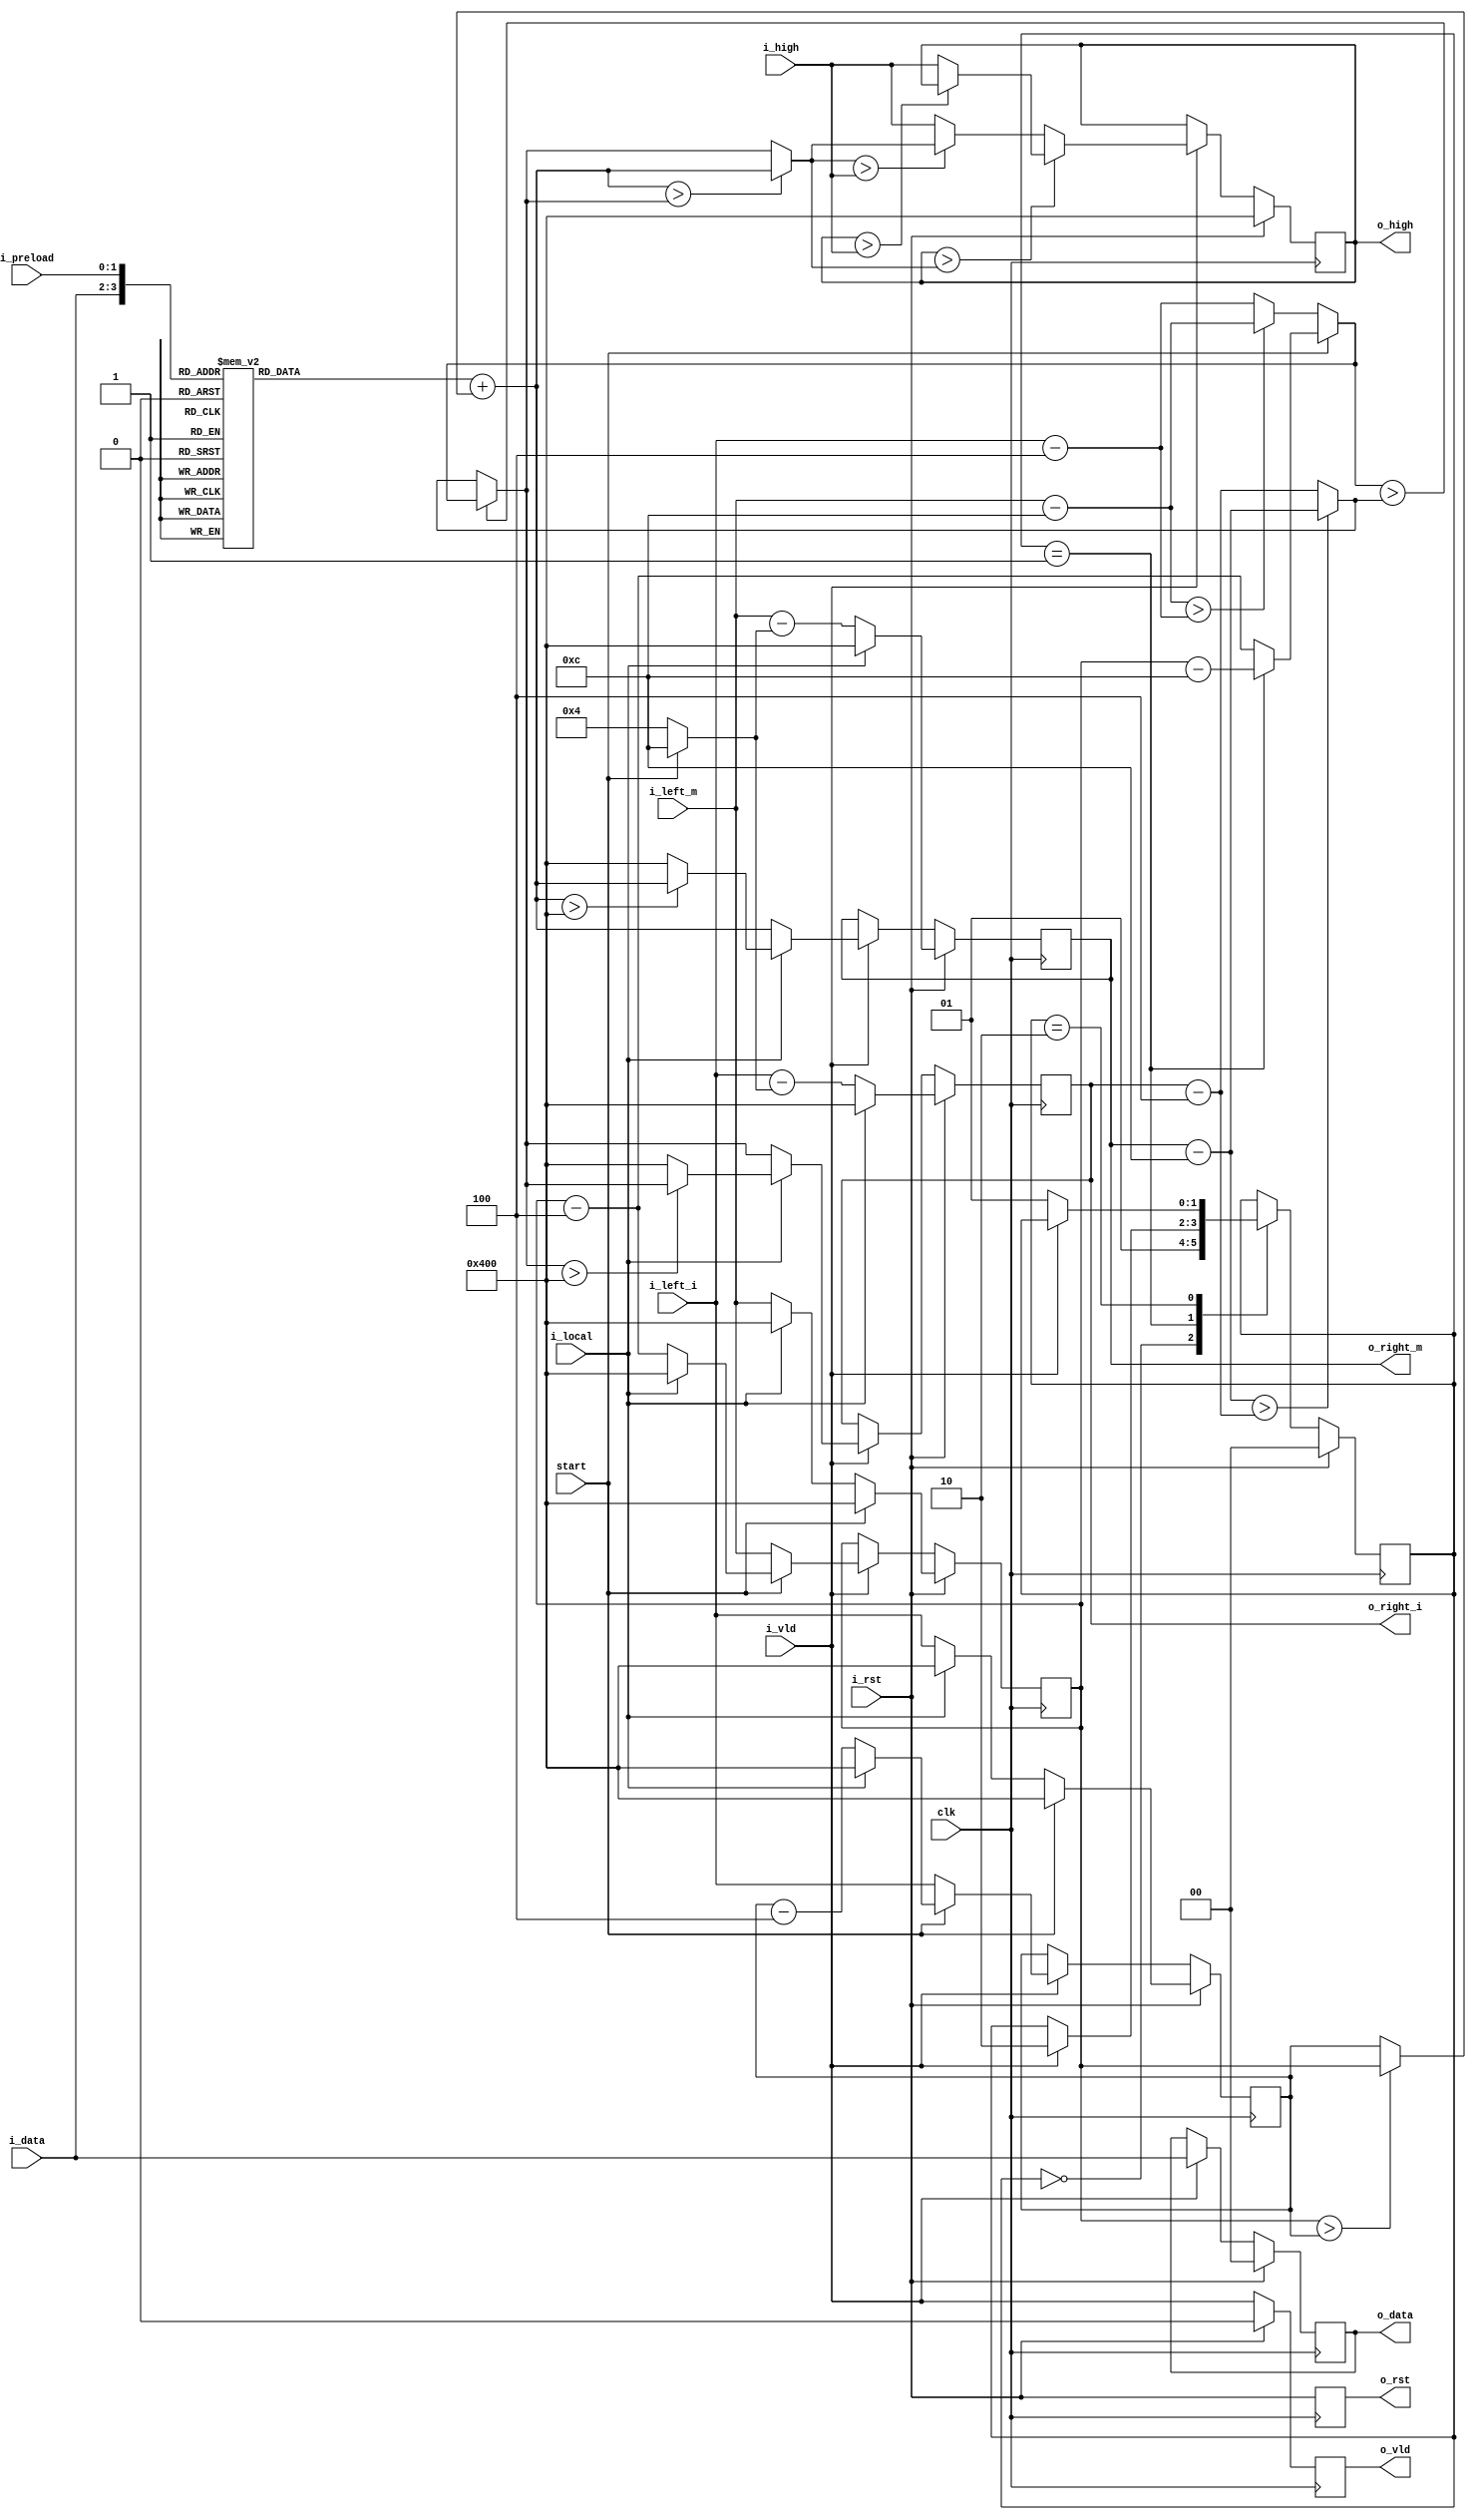
module sw_pe_affine(clk,
             i_rst,
				 o_rst,
             i_data,
             i_preload,
             i_left_m,
				 i_left_i,
             i_high,
             i_vld,
             i_local,
             o_right_m,
				 o_right_i,
				 o_high,
             o_vld,
             o_data,
             start);

localparam
    SCORE_WIDTH = 11,
    N_A = 2'b00,        //nucleotide "A"
    N_G = 2'b01,        //nucleotide "G"
    N_T = 2'b10,        //nucleotide "T"
    N_C = 2'b11,        //nucleotide "C"
    INS_START = 3,            //insertion penalty
    INS_CONT  = 1,
    DEL_START = 3,            //deletion penalty
    DEL_CONT  = 1,
    TB_UP = 2'b00,      //"UP" traceback pointer
    TB_DIAG = 2'b01,    //"DIAG" traceback pointer
    TB_LEFT = 2'b10,    //"LEFT" traceback pointer
	 GOPEN = 12,
	 GEXT = 4;

input  wire clk;
input  wire i_rst;
output reg  o_rst;
input  wire [1:0] i_data;               //sequence being streamed in
input  wire [1:0] i_preload;            //fixed character assigned to this node
input  wire [SCORE_WIDTH-1:0] i_left_m;             //connection to left neighbor cell for M matrix
input  wire [SCORE_WIDTH-1:0] i_left_i;				//connection to left neighbor cell for I matrix
input  wire i_vld;                              //valid data coming from neighbor
input  wire i_local;			//=1 if local alignment, =0 if global alignment
input  wire start;                               //designate that you're on the left edge of the array
input  wire [SCORE_WIDTH-1:0] i_high;		//input of highest score from neighbor
output reg [SCORE_WIDTH-1:0] o_right_m;            //output of score from t-1 for M matrix
output reg [SCORE_WIDTH-1:0] o_right_i;				//output of score for t-1 for I matrix
output reg [SCORE_WIDTH-1:0] o_high;		//output of currently highest score

output reg  o_vld;                              //tells neighbor data is valid
output reg [1:0] o_data;



parameter LENGTH=48;
parameter LOGLENGTH = 6;

reg [1:0] state;        //just state counter

reg [SCORE_WIDTH-1:0] l_diag_score_m;
reg [SCORE_WIDTH-1:0] l_diag_score_i;

wire [SCORE_WIDTH-1:0] right_m_nxt;
wire [SCORE_WIDTH-1:0] right_i_nxt;
wire [SCORE_WIDTH-1:0] left_open;
wire [SCORE_WIDTH-1:0] left_ext;
wire [SCORE_WIDTH-1:0] up_open;
wire [SCORE_WIDTH-1:0] up_ext;
wire [SCORE_WIDTH-1:0] left_max;
wire [SCORE_WIDTH-1:0] up_max;
wire [SCORE_WIDTH-1:0] rightmax;
wire [SCORE_WIDTH-1:0] start_left;

reg [SCORE_WIDTH-1:0] match;
wire [SCORE_WIDTH-1:0] max_score_a;
wire [SCORE_WIDTH-1:0] max_score_b;
wire [SCORE_WIDTH-1:0] left_score;
wire [SCORE_WIDTH-1:0] up_score;
wire [SCORE_WIDTH-1:0] diag_score;
wire [SCORE_WIDTH-1:0] neutral_score;

wire [SCORE_WIDTH-1:0] left_score_b;


//compute new score options

assign neutral_score = 11'b10000000000;

assign start_left = (state==2'b01) ? (l_diag_score_m - GOPEN) : (l_diag_score_m - GEXT);

assign left_open = i_left_m  - GOPEN;
assign left_ext  = i_left_i  - GEXT;
assign up_open   = o_right_m - GOPEN;
assign up_ext    = o_right_i - GEXT;
assign left_max  = start ? start_left : ((left_open > left_ext) ? left_open : left_ext);
assign up_max    = (up_open   > up_ext)   ? up_open   : up_ext;

assign right_m_nxt = match + ((l_diag_score_m > l_diag_score_i) ? l_diag_score_m : l_diag_score_i);	//next m score
assign right_i_nxt = (left_max > up_max) ? left_max : up_max;
								



always@(posedge clk)
	o_rst <= i_rst;
	
always@*
    case({i_data[1:0],i_preload[1:0]})
//this is the match-score lookup table: +5 for a match, -4 for a mismatch
        {N_A,N_A}:match = 11'b101;	//+5
        {N_A,N_G}:match = 11'h7fc;	//-4
        {N_A,N_T}:match = 11'h7fc;
        {N_A,N_C}:match = 11'h7fc;
        {N_G,N_A}:match = 11'h7fc;
        {N_G,N_G}:match = 11'b101;
        {N_G,N_T}:match = 11'h7fc;
        {N_G,N_C}:match = 11'h7fc;
        {N_T,N_A}:match = 11'h7fc;
        {N_T,N_G}:match = 11'h7fc;
        {N_T,N_T}:match = 11'b101;
        {N_T,N_C}:match = 11'h7fc;
        {N_C,N_A}:match = 11'h7fc;
        {N_C,N_G}:match = 11'h7fc;
        {N_C,N_T}:match = 11'h7fc;
        {N_C,N_C}:match = 11'b101;
    endcase

//just propagate the valid signal
always@(posedge clk)
    if (i_rst==1'b1)
        o_vld <= 1'b0;
    else
        o_vld <= i_vld;           


//This continuously calculates the highest score to pass through the block
assign rightmax = (right_m_nxt > right_i_nxt) ? right_m_nxt : right_i_nxt;


always@(posedge clk)
begin
	if (i_rst==1'b1)
		o_high <= neutral_score;		//reset to "0"
	else if (i_vld==1'b1)
		o_high <= (o_high > rightmax) ? ( (o_high > i_high) ? o_high : i_high) : ((rightmax > i_high) ? rightmax : i_high);
end


always@(posedge clk) begin
       if (i_rst==1'b1) begin
								//This is where we initialize the matrix
                        o_right_m <= i_local ? neutral_score : (i_left_m - (start ? GOPEN : GEXT));	//init m matrix
                        o_right_i <= i_local ? neutral_score : (i_left_i - (start ? GOPEN : GEXT));	//init i matrix
			o_data[1:0] <= 2'b00;
                        l_diag_score_m <= start ? neutral_score : (i_local ? neutral_score : i_left_m);
			l_diag_score_i <= start ? neutral_score : (i_local ? neutral_score : i_left_i);
                      end
       else if (i_vld==1'b1) begin
                           o_data[1:0] <= i_data[1:0];
                           o_right_m <= (i_local ? ((right_m_nxt > neutral_score) ? right_m_nxt : neutral_score) : right_m_nxt);
			   o_right_i <= (i_local ? ((right_i_nxt > neutral_score) ? right_i_nxt : neutral_score) : right_i_nxt);
			   l_diag_score_m <= start ?  (i_local ? neutral_score : (l_diag_score_m - GEXT)) : i_left_m ;
			   l_diag_score_i <= start ?  (i_local ? neutral_score : (l_diag_score_i - GEXT)) : i_left_i ;									
                        end
                     end

always@(posedge clk) begin
    if (i_rst)
        state <= 2'b00;
    else begin
       case(state[1:0])
			 2'b00:state[1:0] <= 2'b01;										//reset state
          2'b01:if (i_vld==1'b1)        state[1:0] <= 2'b10;     //INIT state
          2'b10:if (i_vld==1'b0)        state[1:0] <= 2'b01;     //SCORE state   - i_vld must be held high from the start of the query sequence to the end of it
          2'b11:if (i_rst)              state[1:0] <= 2'b00;     //END state
       endcase
        end
    end
endmodule